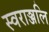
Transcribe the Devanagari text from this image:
स्वराञ्जलि